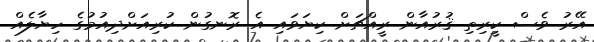
އޭރު ވެސް ކީރިތި ޤުރުއާން ރީއްޗަށް ކިޔަވައި އެ ރޮނގުން ކުރިއަށްދިއުމުގެ ހިޔާލެއް